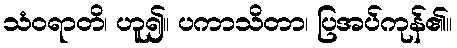
သံဝရာတိ၊ ဟူ၍။ ပကာသိတာ၊ ပြအပ်ကုန်၏။